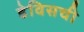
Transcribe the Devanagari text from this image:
डेविसची